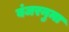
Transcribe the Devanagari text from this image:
बंजरनुमा